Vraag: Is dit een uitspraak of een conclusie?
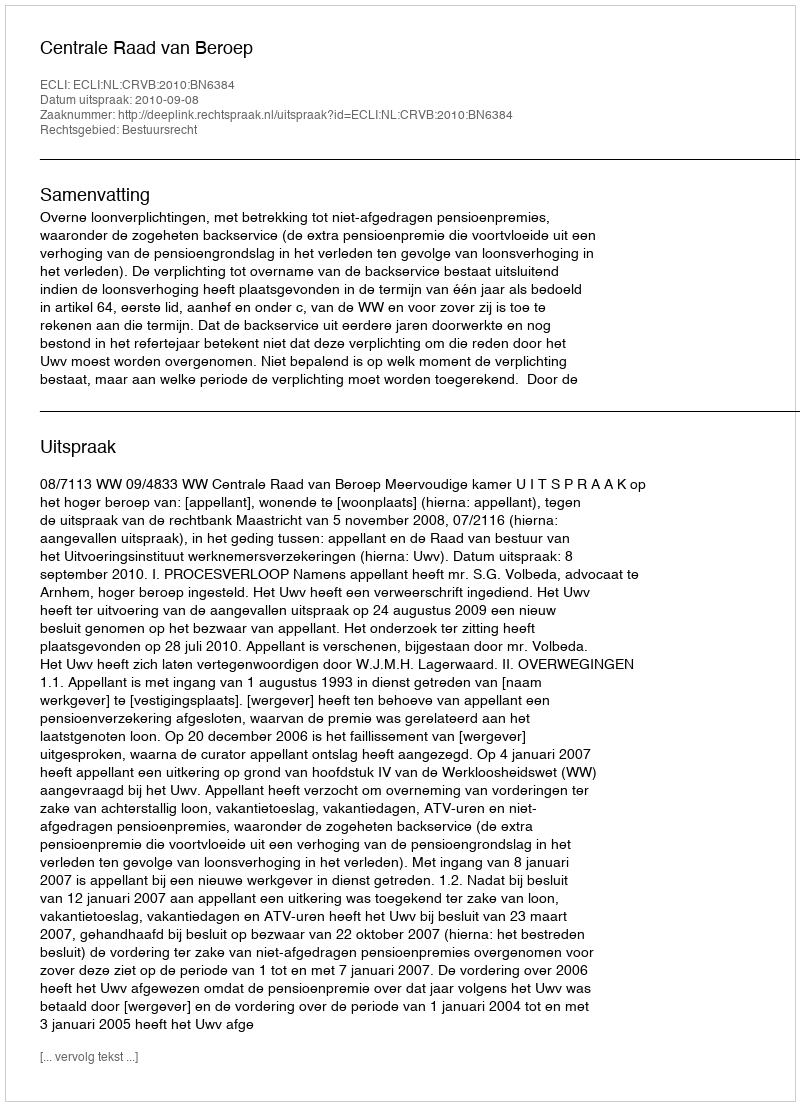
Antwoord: Uitspraak